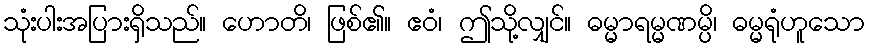
သုံးပါးအပြားရှိသည်။ ဟောတိ၊ ဖြစ်၏။ ဧဝံ၊ ဤသို့လျှင်။ ဓမ္မာရမ္မဏမ္ပိ၊ ဓမ္မရုံဟူသော